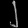
Digit: ၂